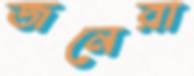
জনেরা